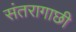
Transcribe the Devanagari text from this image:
संतरागाछी